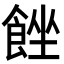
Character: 𩛠